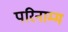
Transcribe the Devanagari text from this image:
परिनाम्म